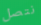
نتصل